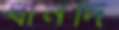
ধানদি